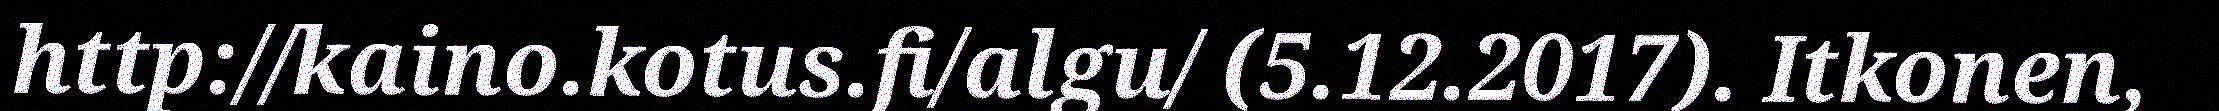
http://kaino.kotus.fi/algu/ (5.12.2017). Itkonen,